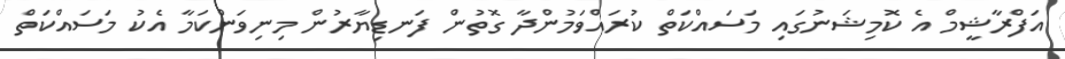
އަފްރާޝީމް އެ ކޮމިޝަނުގައި މަސައްކަތް ކުރައްވަމުންދާ ގޮތުން ފަނޑިޔާރުން މިނިވަންކަމާ އެކު މަސައްކަތް